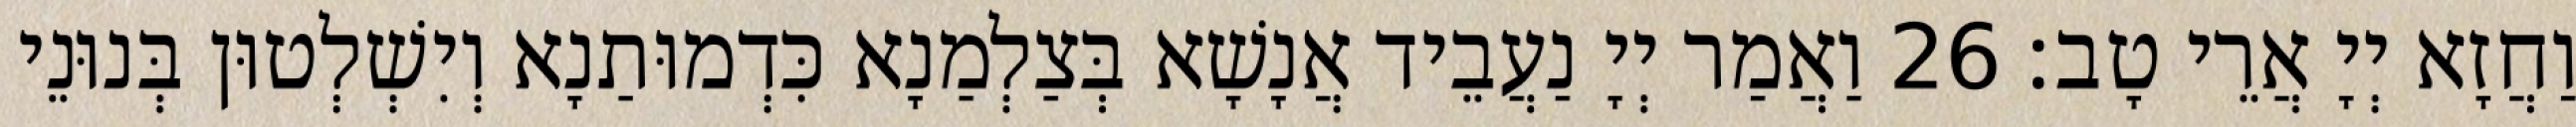
וַחֲזָא יְיָ אֲרֵי טָב׃ 26 וַאֲמַר יְיָ נַעֲבֵיד אֲנָשָׁא בְּצַלְמַנָא כִּדְמוּתַנָא וְיִשְׁלְטוּן בְּנוּנֵי